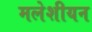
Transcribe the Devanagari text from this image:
मलेशीयन